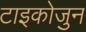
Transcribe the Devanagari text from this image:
टाइकोजुन